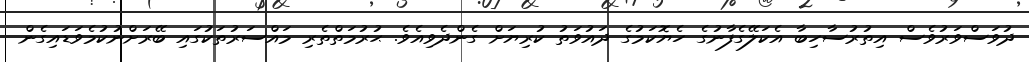
ދުވަސްވަރުވެސް އިތުރުސާހިބާ އެކަލޭގެފާނުގެ ހެޔޮކަމުގެ ދައުވަތު ކުރިޔަށް ގެންދެވިއެވެ. ޙުރުމަތްތެރި މައްސަރުތަކުގައި ބޭރަށްނުކުމެވަޑައިގެން